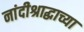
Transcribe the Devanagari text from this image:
नांदीश्राद्धाच्या